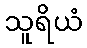
သူရိယံ